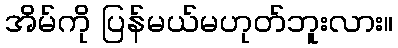
အိမ်ကို ပြန်မယ်မဟုတ်ဘူးလား။